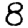
Digit: 8